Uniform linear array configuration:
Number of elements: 24
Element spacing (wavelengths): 0.75
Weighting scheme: hamming
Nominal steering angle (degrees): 30
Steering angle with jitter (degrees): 30.561
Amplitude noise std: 0.05
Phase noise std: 0.05

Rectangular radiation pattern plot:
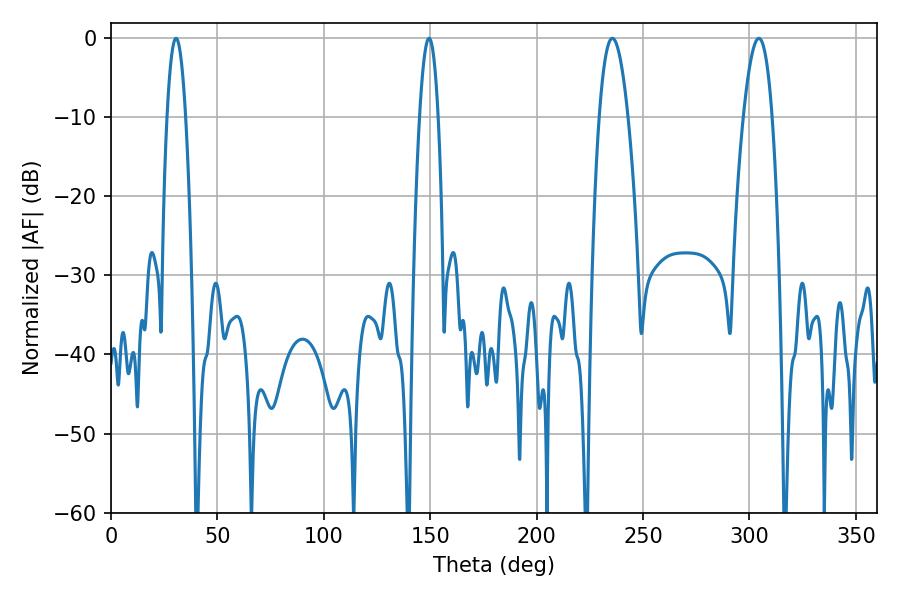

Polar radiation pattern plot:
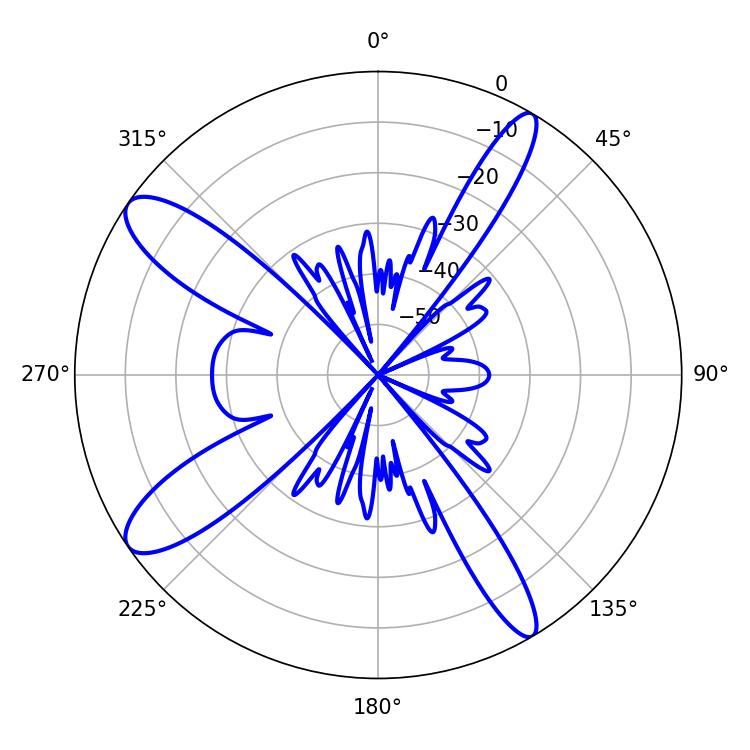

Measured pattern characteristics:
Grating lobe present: TRUE
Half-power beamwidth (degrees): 7.38
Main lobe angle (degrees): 235.62